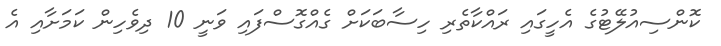
ކޮންސިއުލޭޓުގެ އެހީގައި ރައްކާތެރި ހިސާބަކަށް ގެއްގޮސްފައި ވަނީ 10 ދިވެހިން ކަމަށާއި އެ